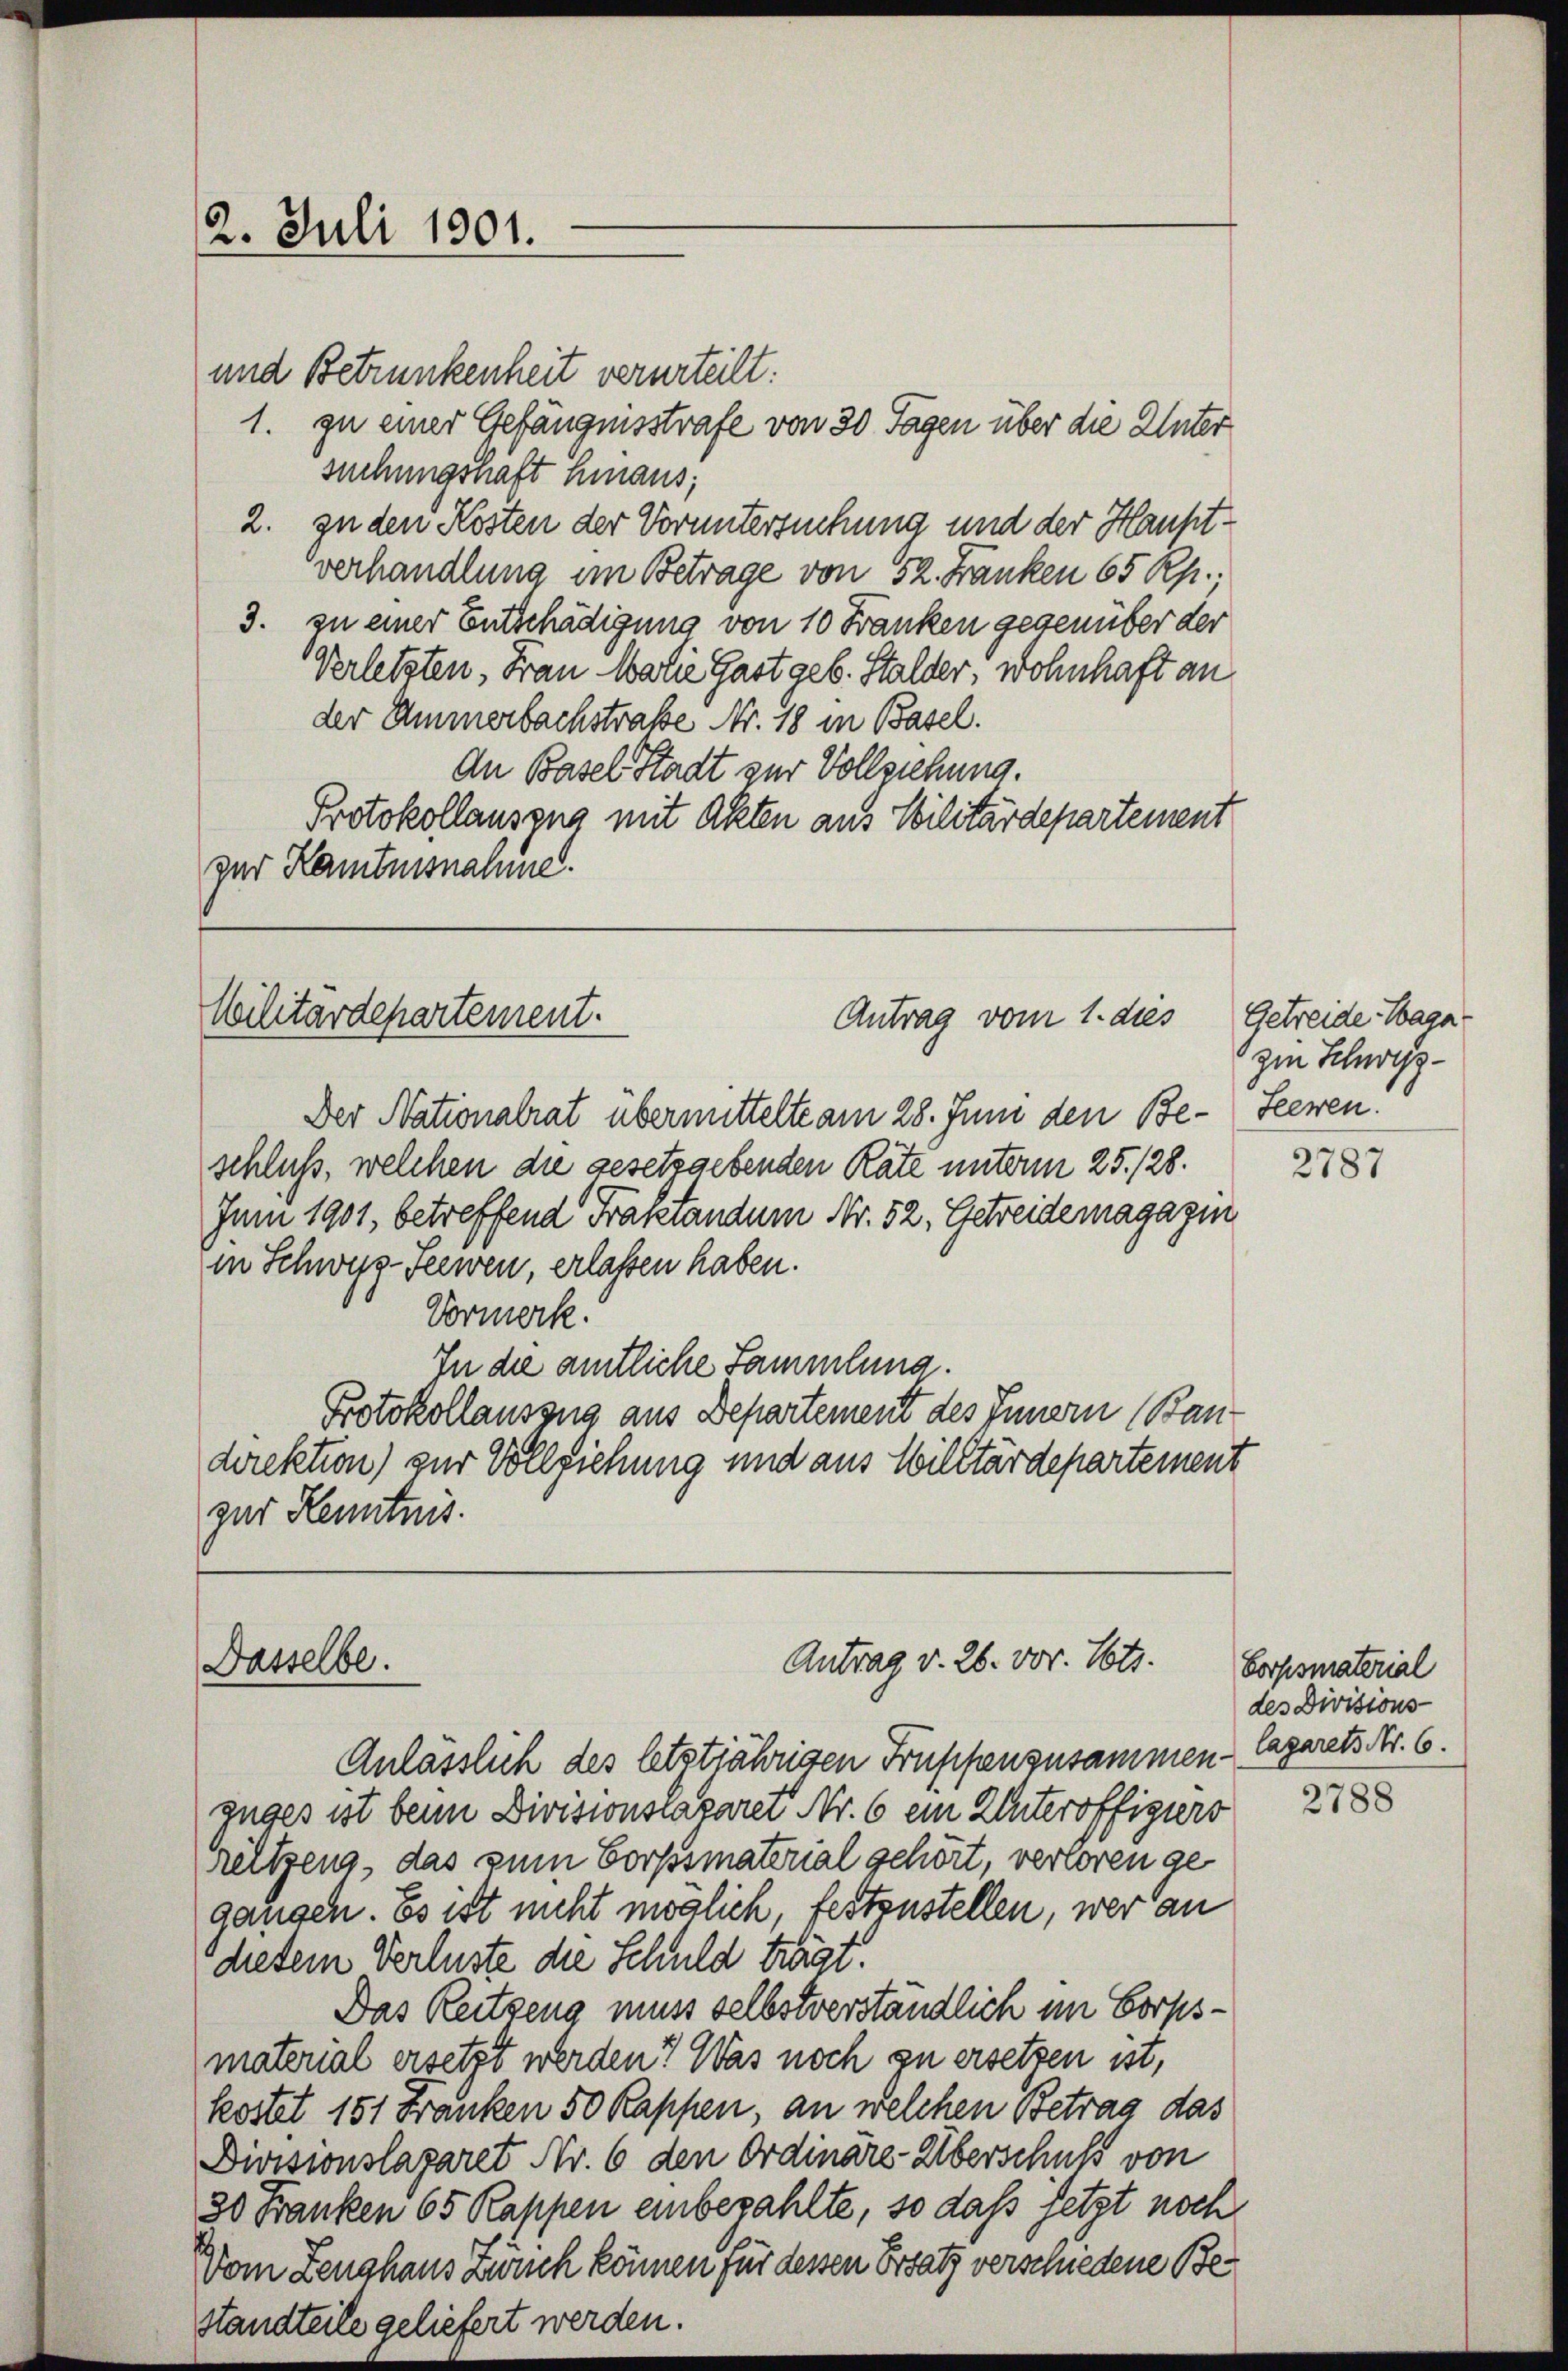
2. Juli 1901.

und Betrunkenheit verurteilt:
1. zu einer Gefängnisstrafe von 30 Tagen über die Unter
suchungsnaft hinaus,
2. zu den Kosten der Voruntersuchung und der Hauptverhandlung im Betrage von 52. Franken 65 Rp.,
3. zu einer Entschädigung von 10 Franken gegenüber der
Verletzten, Frau Marie Gast geb. Stalder, wohnhaft an
der Ammerbachstrafe Nr. 18 in Basel.
An Basel Stadt zur Vollziehung.
Protokollauszug mit Akten aus Militärdepartement
zur Kenntnisnahme.

Militärdepartement.
Antrag vom 1. dies

Antrag v. 26. vor. Mts.
Dasselbe.

Der Nationalrat übermittelte am 28. Juni den Be- Leeren.
schluß, welchen die gesetzgebenden Rate unterm 25. 128.
Jun 1901, betreffend Traktandum Nr. 52. Getreidemagazin
in Schwyz-Seewen, erlassen haben.
Vormerk.
In die amtliche Sammlung.
Protokollauszug aus Departement des Innern (Ban-
direktion) zur Vollziehung und aus Willtärdepartement
zur Kenntnis.

Getreide Saga
zi Schwys¬

Anlässlich des letztjährigen Truppenzusammen lagarets Nr. 6.
zuges ist beim Divisionscaparer Nr. 6 ein Winteroffigiers
reltzeng, das zum Corpssmaterial gehört, verloren gegangen. Es ist nicht möglich, festzustellen, wer an
diesem Verluste die Schuld trägt.
Das Reitzeng muss selbstverständlich im Corpsmaterial ersetzt werden? Was noch zu ersetzen ist,
kostet 151 Franken 50 Kappen, an welchen Betrag das
Divisionslagaret Nr. 6 den Ordinäre-Überschuß von
30 Franken 65 Rappen einbezahlte, so daß setzt noch
Vom Zeughaus Zürch können für dessen Ersatz verschiedene Bestandteile geliefert werden.

2787

Corpsmaterial
des Divisions-

2788